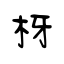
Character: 枒